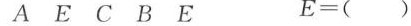
A E C B E E=()